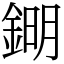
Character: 𨧹